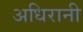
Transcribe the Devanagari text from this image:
अधिरानी